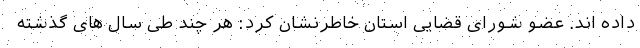
داده اند. عضو شورای قضایی استان خاطرنشان کرد: هر چند طی سال های گذشته